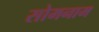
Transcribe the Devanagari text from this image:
सोमनाम